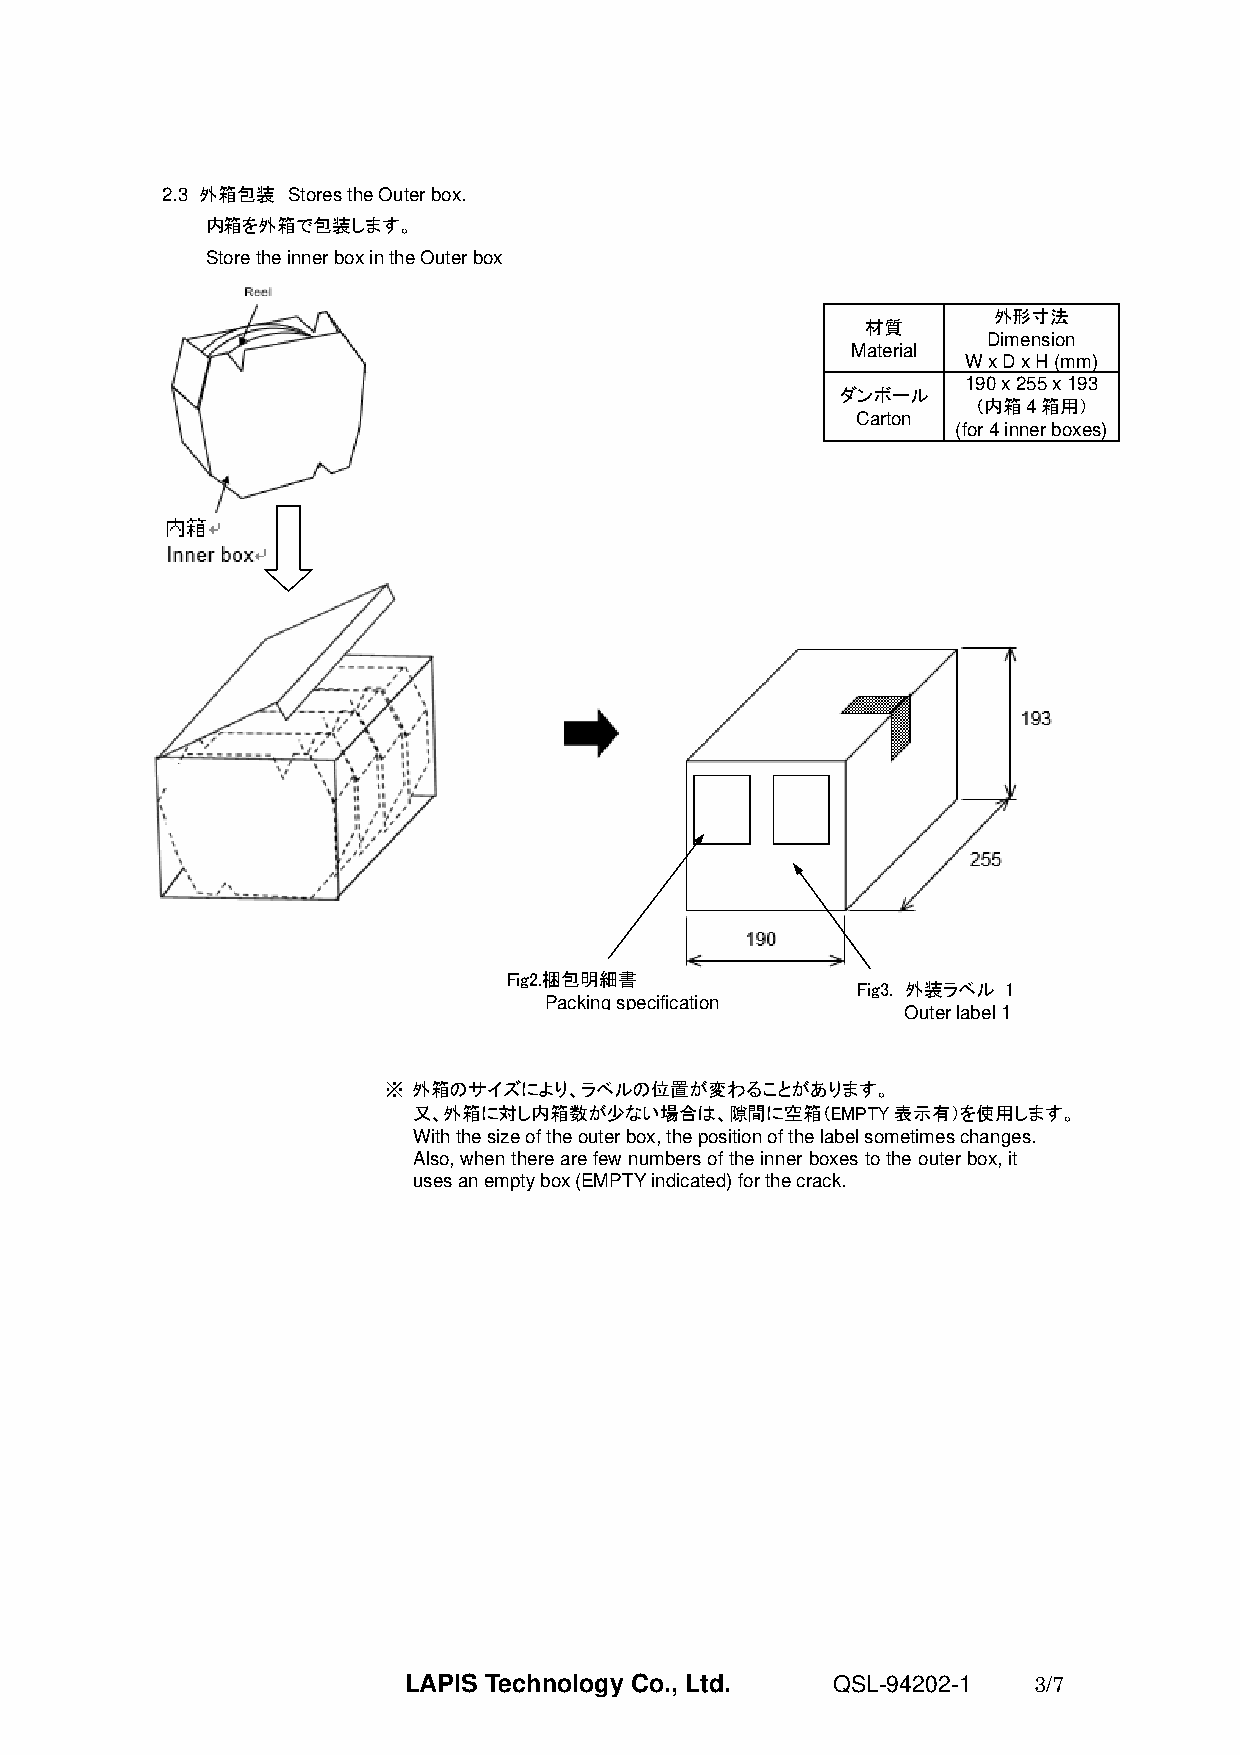
2.3 外箱包装 Stores the Outer box.
 内箱を外箱で包装します。
 Store the inner box in the Outer box
 外形寸法
 材質
 Dimension
 Material
 W x D x H (mm)
 190 x 255 x 193
 ダンボール
 （内箱4箱用）
 Carton
 (for 4 inner boxes)
 Fig2.梱包明細書
 Fig3. 外装ラベル 1
 Packing specification
 Outer label 1
 ※ 外箱のサイズにより、ラベルの位置が変わることがあります。
 又、外箱に対し内箱数が少ない場合は、隙間に空箱（EMPTY表示有）を使用します。
 With the size of the outer box, the position of the label sometimes changes.
 Also, when there are few numbers of the inner boxes to the outer box, it
 uses an empty box (EMPTY indicated) for the crack.
 LAPIS Technology Co., Ltd.  QSL-94202-1  3/7